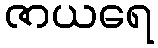
ဇာယရေ